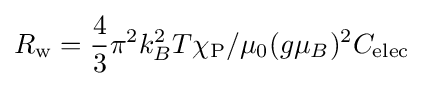
R_{\mathrm {w} }={\frac {4}{3}}\pi ^{2}k_{B}^{2}T\chi _{\mathrm {P} }/\mu _{0}(g\mu _{B})^{2}C_{\mathrm {elec} }